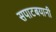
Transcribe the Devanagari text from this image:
सपाटबयानी